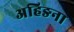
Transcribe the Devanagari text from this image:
अहिङना